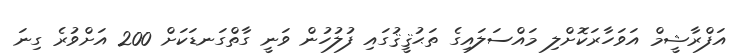
އަފްރާޝީމް އަވަހާރަކޮށްލި މައްސަލައިގެ ތަޙުޤީޤުގައި ފުލުހުން ވަނީ ގާތްގަނޑަކަށް 200 އަށްވުރެ ގިނަ